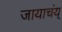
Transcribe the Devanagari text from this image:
जायाचंय्‌